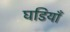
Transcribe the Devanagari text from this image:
घडियाँ